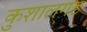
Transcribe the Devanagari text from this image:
कुशालगड